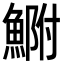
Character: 𩷺